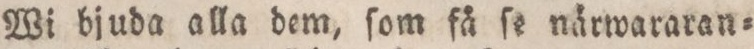
Wi bjuda alla dem, ſom få ſe närwararan=